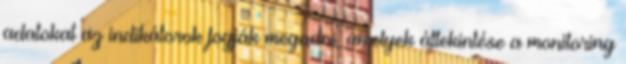
adatokat az indikátorok fogják megadni, amelyek áttekintése a monitoring